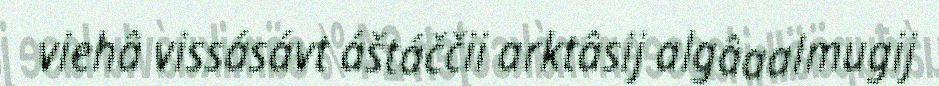
viehâ vissásávt áštáččii arktâsij algâaalmugij